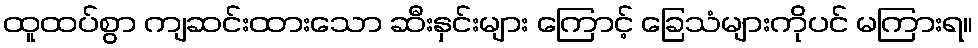
ထူထပ်စွာ ကျဆင်းထားသော ဆီးနှင်းများ ကြောင့် ခြေသံများကိုပင် မကြားရ။